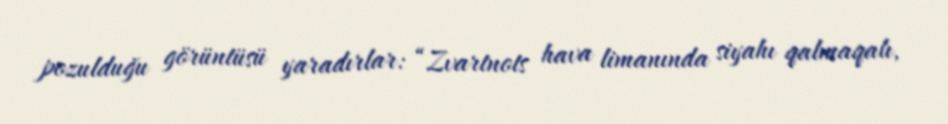
pozulduğu görüntüsü yaradırlar: “Zvartnots hava limanında siyahı qalmaqalı,